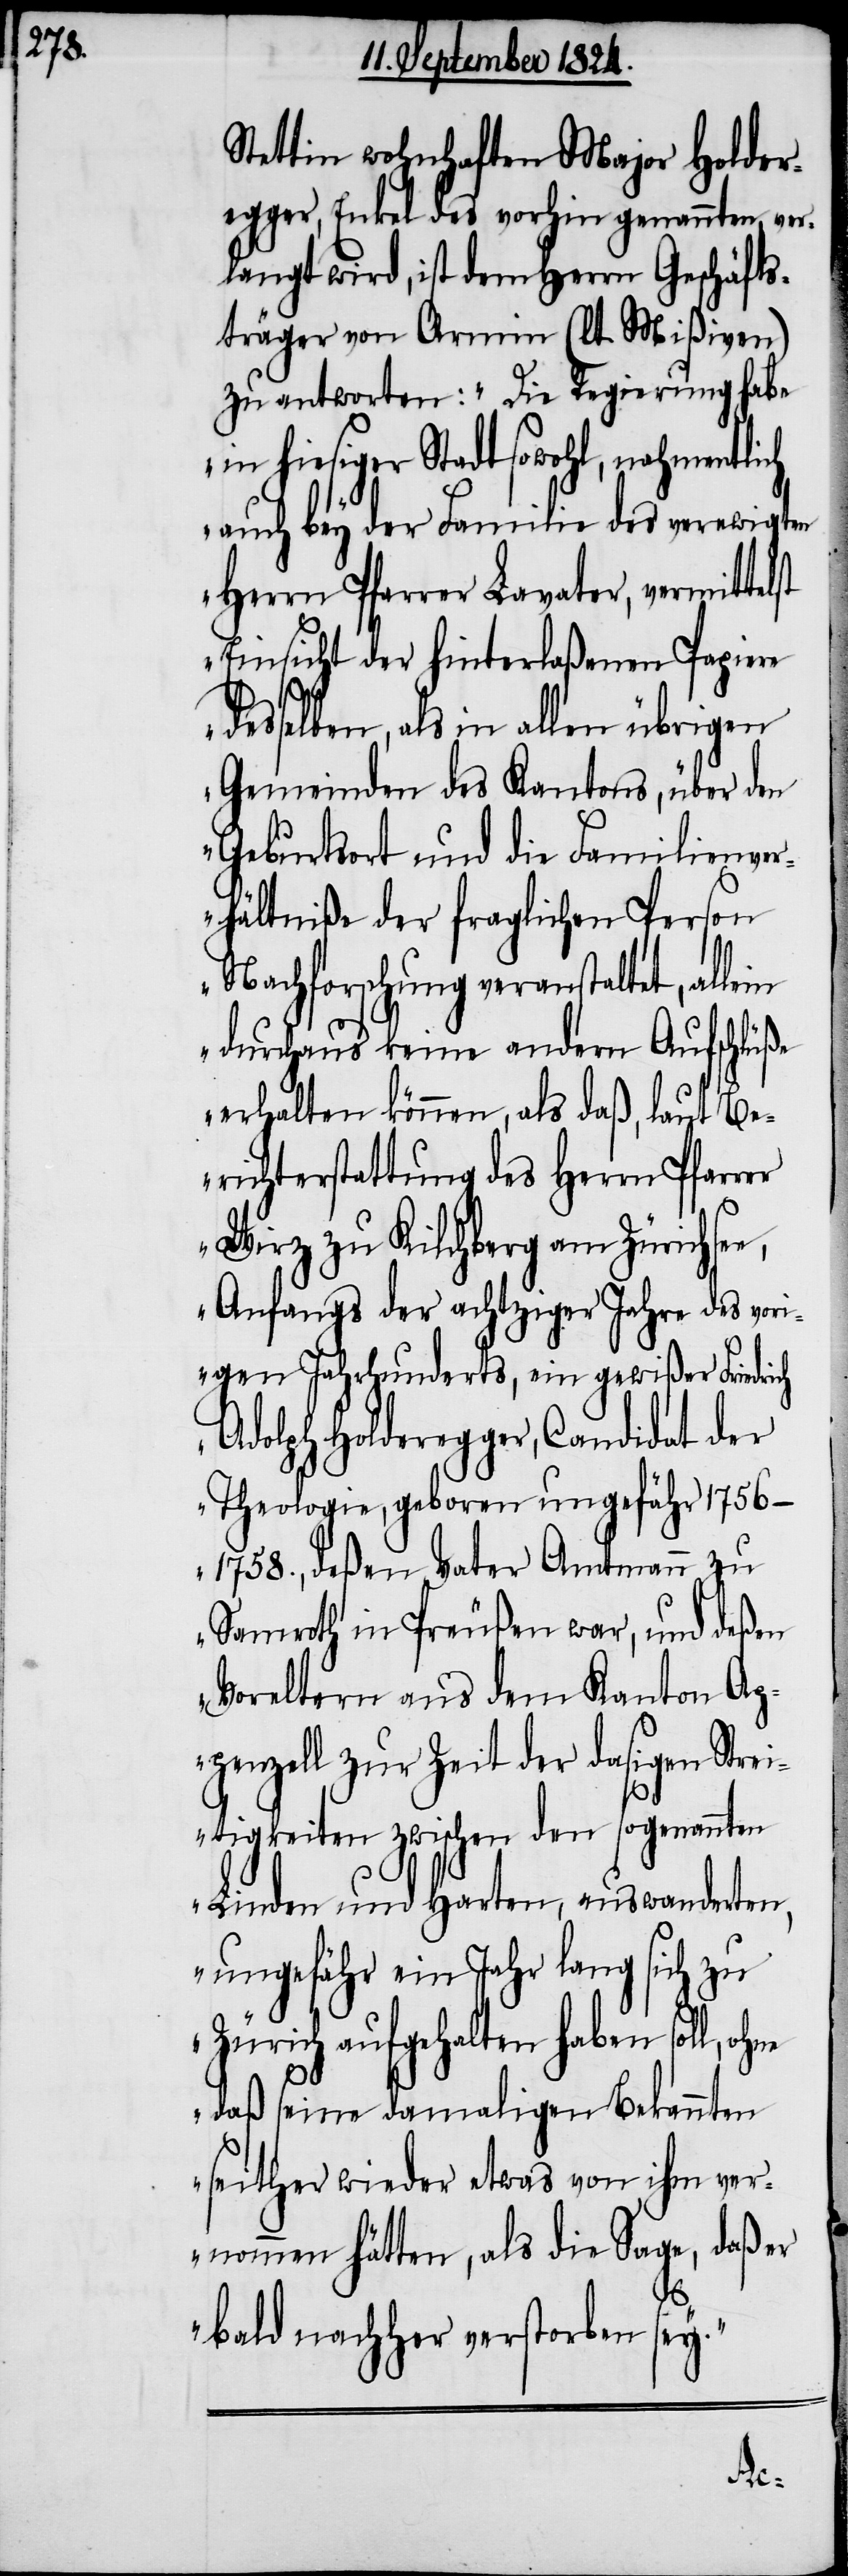
Stettin wohnhaften Major Holder¬
egger, Enkel des vorhin genannten, ver¬
langt wird, ist dem Herrn Geschäfts¬
träger von Armin (lt. Mißiven)
zu antworten: „Die Regierung habe
in hiesiger Stadt sowohl, nahmentlich
auch bey der Familie des verewigten
Herrn Pfarrer Lavater, vermittel¬
Einsicht der hinterlaßenen Papiere
desselben, als in allen übrigen
Gemeinden des Kantons, über den
Geburtsort und die Familienver¬
hältniße der fraglichen Person
Nachforschung veranstaltet, allein
durchaus keine andern Aufschlüße
erhalten können, als daß, laut Be¬
richterstattung des Herrn Pfarrer
Wirz zu Kilchberg am Zürichse¬
Anfangs der achtziger Jahre des vor¬
igen Jahrhunderts, ein gewißer Friedrich
Adolph Holderegger, Candidat der
Theologie, geboren ungefähr
deßen Vater Amtmann zu
Samroth in Preußen war, und deßen
Voreltern aus dem Kanton Ap¬
penzell zur Zeit der dasigen Stre¬
itigkeiten zwischen den sogenannten
Linden und Harten, auswanderten,
ungefähr ein Jahr lang sich zu
Zürich aufgehalten haben soll, o¬
daß seine damaligen Bekannten
seither wieder etwas von ihm ver¬
nommen hätten, als die Sage, daß er
e,
bald nachher verstorben sey.“
hne